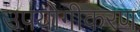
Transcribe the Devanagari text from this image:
उपयोगीकरण